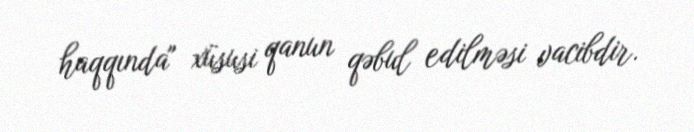
haqqında" xüsusi qanun qəbul edilməsi vacibdir.